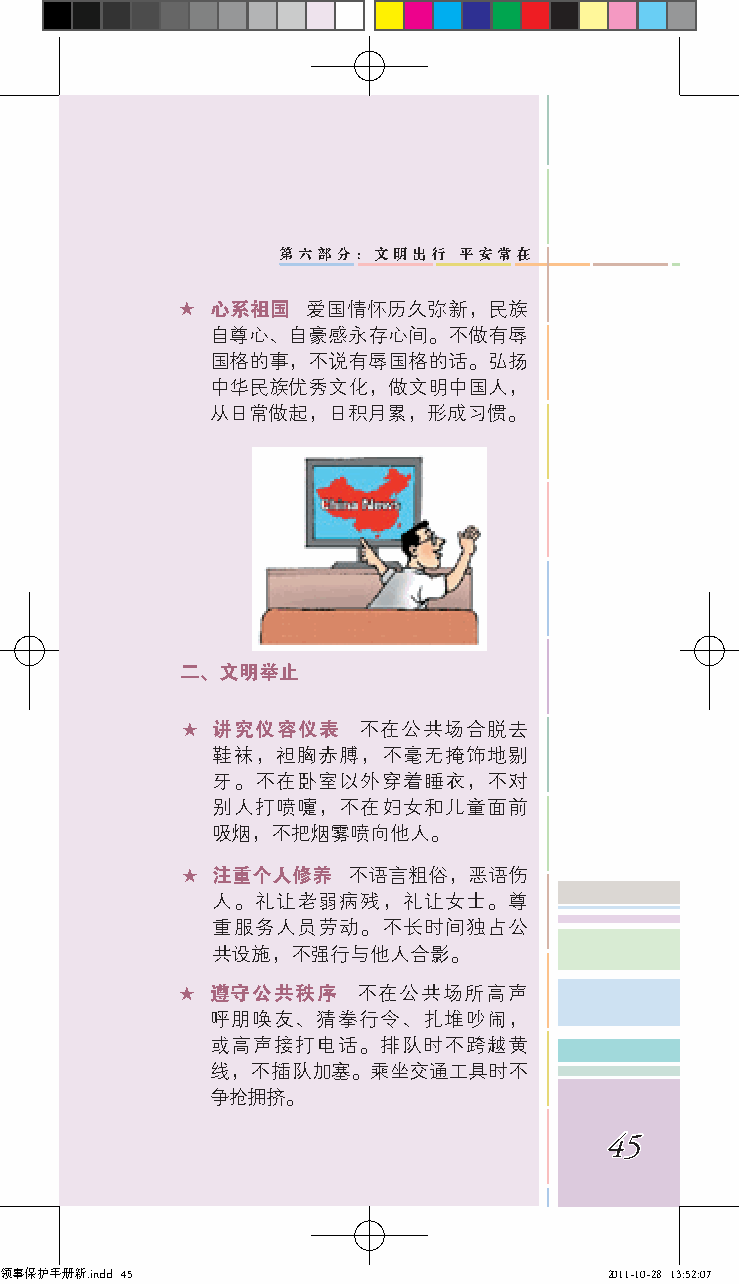
第六部分：文明出行   平安常在
 ★ 心系祖国  爱国情怀历久弥新，民族
 自尊心、自豪感永存心间。不做有辱
 国格的事，不说有辱国格的话。弘扬
 中华民族优秀文化，做文明中国人，
 从日常做起，日积月累，形成习惯。
 二、文明举止
 ★ 讲究仪容仪表    不在公共场合脱去
 鞋袜，袒胸赤膊，不毫无掩饰地剔
 牙。不在卧室以外穿着睡衣，不对
 别人打喷嚏，不在妇女和儿童面前
 吸烟，不把烟雾喷向他人。
 ★ 注重个人修养   不语言粗俗，恶语伤
 人。礼让老弱病残，礼让女士。尊
 重服务人员劳动。不长时间独占公
 共设施，不强行与他人合影。
 ★ 遵守公共秩序    不在公共场所高声
 呼朋唤友、猜拳行令、扎堆吵闹，
 或高声接打电话。排队时不跨越黄
 线，不插队加塞。乘坐交通工具时不
 争抢拥挤。
 45
 领事保护手册新.indd 45                         2011-10-28 13:52:07